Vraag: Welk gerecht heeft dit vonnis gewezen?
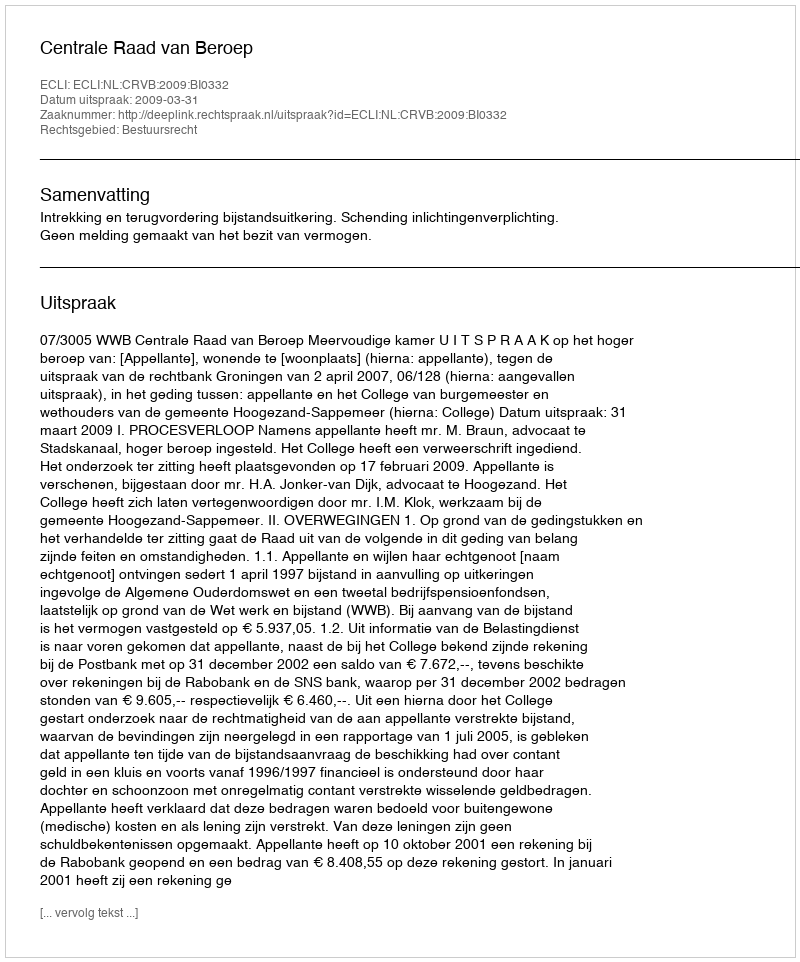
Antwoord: Centrale Raad van Beroep